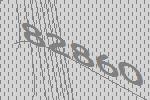
82860